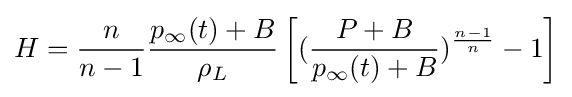
H={\frac {n}{n-1}}{\frac {p_{\infty }(t)+B}{\rho _{L}}}\left[({\frac {P+B}{p_{\infty }(t)+B}})^{\frac {n-1}{n}}-1\right]